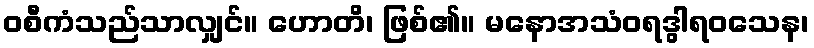
ဝစီကံသည်သာလျှင်။ ဟောတိ၊ ဖြစ်၏။ မနောအသံဝရဒွါရဝသေန၊